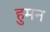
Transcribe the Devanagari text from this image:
हुमन